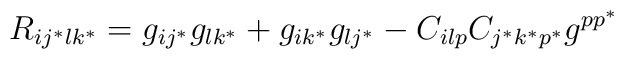
R_{ij^*lk^*}= g_{i j^*}g_{l k^*}+ g_{ik^*}g_{l j^*}-C_{ilp}C_{j^*k^*p^*}g^{pp^*}